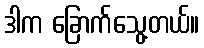
ဒါက ခြောက်သွေ့တယ်။